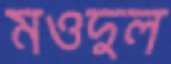
মওদুল